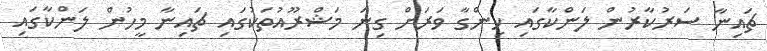
ޗައިނާ ސަރުކާރުން ލަންކާގައި ހިންގާ ވަރަށް ގިނަ މަޝްރޫއުތަކުގައި ޗައިނާ މީހުން ލަންކާގައި